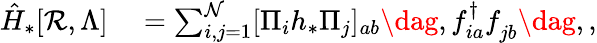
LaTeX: \begin{array}{rl}{\hat{H}_{*}[\mathcal{R},\Lambda]}&{{}=\sum_{i,j=1}^{\mathcal{N}}[\Pi_{i}h_{*}\Pi_{j}]_{ab}\dag,f_{ia}^{\dagger}f_{jb}^{\phantom{\dagger}}\dag,,}\end{array}